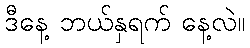
ဒီနေ့ ဘယ်နှရက် နေ့လဲ။